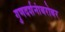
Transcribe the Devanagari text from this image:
गुणदर्शनांबरोबर